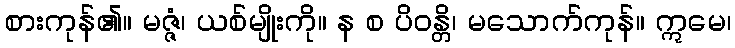
စားကုန်၏။ မဇ္ဇံ၊ ယစ်မျိုးကို။ န စ ပိဝန္တိ၊ မသောက်ကုန်။ ဣမေ၊